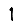
Digit: 1